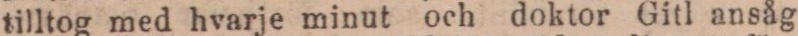
tilltog med hvarje minut och doktor Gitl ansåg